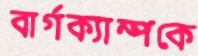
বার্গক্যাম্পকে